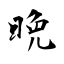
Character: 晚